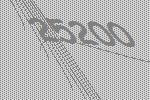
25200